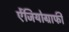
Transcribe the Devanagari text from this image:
ऐंजियोग्राफी